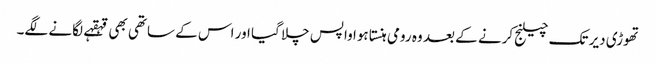
تھوڑی دیر تک چیلنج کرنے کے بعد وہ رومی ہنستا ہوا واپس چلا گیا اور اس کے ساتھی بھی قہقہے لگانے لگے۔